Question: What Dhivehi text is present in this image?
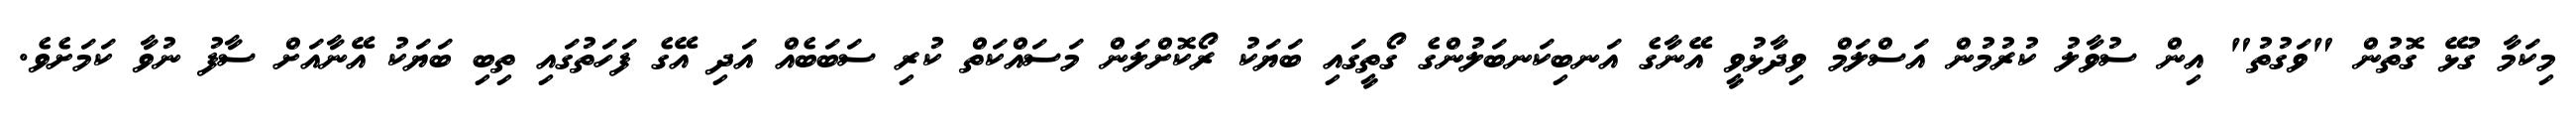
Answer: މިކަމާ ގުޅޭ ގޮތުން "ވަގުތު" އިން ސުވާލު ކުރުމުން އަސްލަމް ވިދާޅުވީ އޭނާގެ އަނބިކަނބަލުންގެ ގޯތީގައި ބަޔަކު ރޯކޮށްލަން މަސައްކަތް ކުރި ސަބަބެއް އަދި އޭގެ ފަހަތުގައި ތިބި ބަޔަކު އޭނާއަށް ސާފު ނުވާ ކަމަށެވެ.